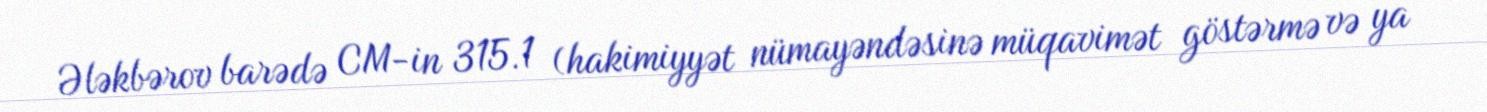
Ələkbərov barədə CM-in 315.1 (hakimiyyət nümayəndəsinə müqavimət göstərmə və ya